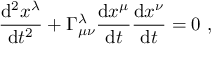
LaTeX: { \frac { \mathrm { { d } } ^ { 2 } x ^ { \lambda } } { \mathrm { { d } } t ^ { 2 } } } + \Gamma _ { \mu \nu } ^ { \lambda } { \frac { \mathrm { { d } } x ^ { \mu } } { \mathrm { { d } } t } } { \frac { \mathrm { { d } } x ^ { \nu } } { \mathrm { { d } } t } } = 0 \ ,